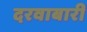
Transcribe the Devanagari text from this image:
दरवाबारी